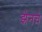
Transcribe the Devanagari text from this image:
झेनचे